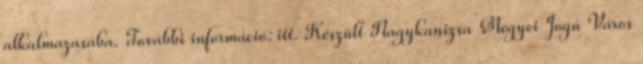
alkalmazásába. További információ: itt. Készült Nagykanizsa Megyei Jogú Város